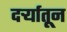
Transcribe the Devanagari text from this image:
दर्र्‍यातून